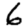
Digit: 6